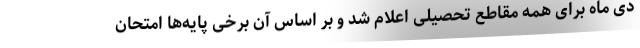
دی ماه برای همه مقاطع تحصیلی اعلام شد و بر اساس آن برخی پایه‌ها امتحان